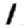
Digit: 1